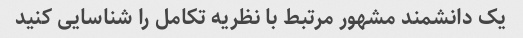
یک دانشمند مشهور مرتبط با نظریه تکامل را شناسایی کنید